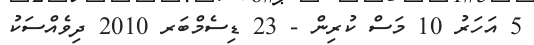
5 އަހަރު 10 މަސް ކުރިން - 23 ޑިސެމްބަރ 2010 ދިވެއްސަކު